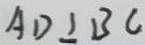
A D \bot B C